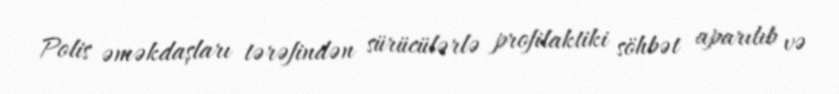
Polis əməkdaşları tərəfindən sürücülərlə profilaktiki söhbət aparılıb və